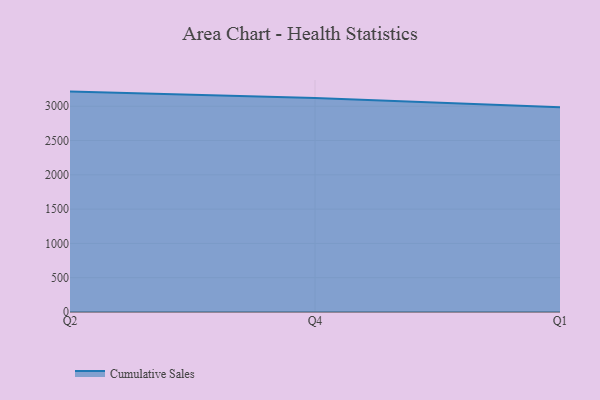
{"axis": {"x": "Quarter", "y": "Active Users"}, "legend": ["Cumulative Sales"], "data": [{"x": "Q2", "y": 3213.2, "type": "Cumulative Sales"}, {"x": "Q4", "y": 3118.6, "type": "Cumulative Sales"}, {"x": "Q1", "y": 2983.4, "type": "Cumulative Sales"}]}